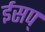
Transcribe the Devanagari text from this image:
ईसप्